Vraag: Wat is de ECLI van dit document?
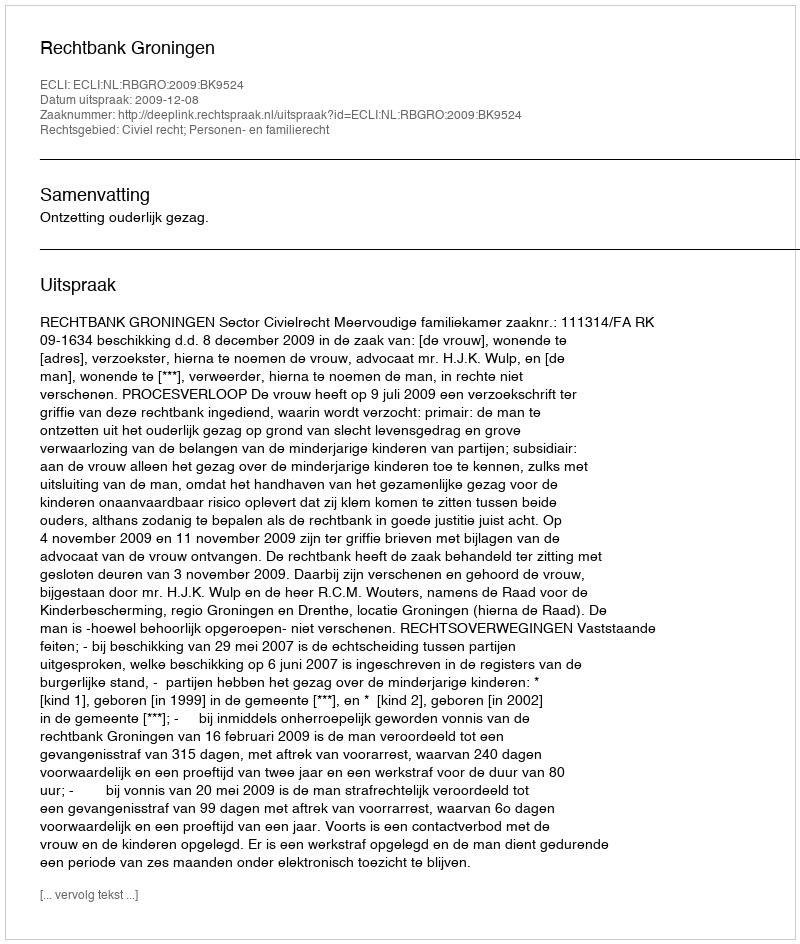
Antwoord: ECLI:NL:RBGRO:2009:BK9524